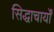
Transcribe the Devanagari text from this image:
सिद्धाचार्यों